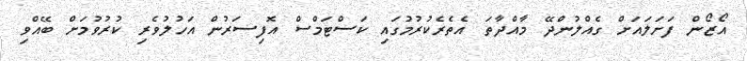
އޯޒޯން ފަށަލައަށް ގެއްލުންދޭ މާއްދާތަ އެތެރެކުރުމުގައި ކަސްޓަމްސް އޮފިސަރުން އަހުލުވެރި ކުރުވުމަށް ބޭއްވި